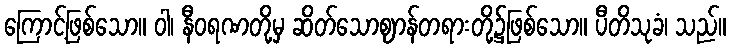
ကြောင့်ဖြစ်သော။ ဝါ၊ နီဝရဏတို့မှ ဆိတ်သောဈာန်တရားတို့၌ဖြစ်သော။ ပီတိသုခံ၊ သည်။